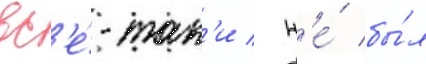
вс'е́-так'и / н'е́ бы́л